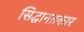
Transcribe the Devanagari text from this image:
सिद्धानतकार